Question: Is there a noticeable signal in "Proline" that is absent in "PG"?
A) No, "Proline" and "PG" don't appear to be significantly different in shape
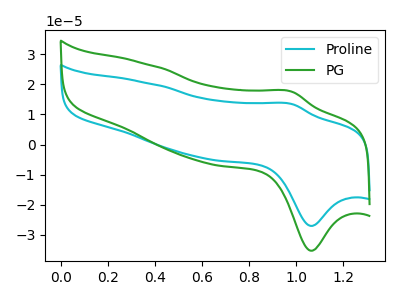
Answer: <think>The cyan curve "Proline" has an anodic peak at (1.00V, 13.45uA) and a cathodic peak at (1.05V, -27.05uA). The green curve "PG" has an anodic peak at (1.00V, 17.55uA) and a cathodic peak at (1.05V, -35.30uA).
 All the peaks in "Proline" have a peak in "PG" at the same potential. Every peak in "Proline" is lower than every peak in "PG".</think>
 <answer>A) No, "Proline" and "PG" don't appear to be significantly different in shape</answer>
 <eval>A</eval>